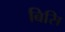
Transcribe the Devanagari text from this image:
बिसि